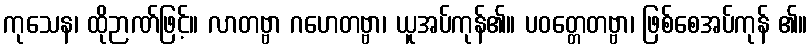
ကုသေန၊ ထိုဉာဏ်ဖြင့်။ လာတဗ္ဗာ ဂဟေတဗ္ဗာ၊ ယူအပ်ကုန်၏။ ပဝတ္တေတဗ္ဗာ၊ ဖြစ်စေအပ်ကုန် ၏။